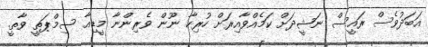
އަބަދުވެސް ރައީސް ނަޝީދަށް ކަމެއްވާއިރަށް ހުރިހާ ނޫން ވެރިންނާ މީޑިއާ ސިމްޕަތީ ވާތީ.